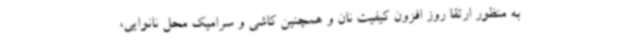
به منظور ارتقا روز افزون کیفیت نان و همچنین کاشی و سرامیک محل نانوایی،